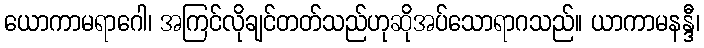
ယောကာမရာဂေါ၊ အကြင်လိုချင်တတ်သည်ဟုဆိုအပ်သောရာဂသည်။ ယာကာမနန္ဒီ၊